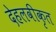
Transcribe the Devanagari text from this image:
देहलवीकृत